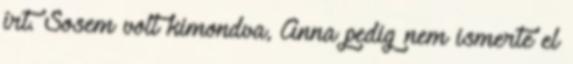
írt. Sosem volt kimondva, Anna pedig nem ismerte el